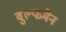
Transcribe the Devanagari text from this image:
वुल्फमैन